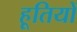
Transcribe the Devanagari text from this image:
हूतियों